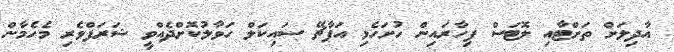
އާދިލަށް ތަށްޓާއި ލޮޓަސް ފިހާރައިން ހުށަހެޅި އަޕާޗޭ ސައިކަލް ހަވާލުކޮށްދެއްވީ ޝަރަފްވެރި މެހެމާން